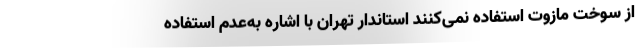
از سوخت مازوت استفاده نمی‌کنند استاندار تهران با اشاره به‌عدم استفاده